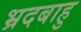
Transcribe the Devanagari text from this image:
भ्रदबाहु